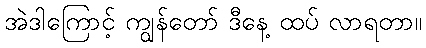
အဲဒါကြောင့် ကျွန်တော် ဒီနေ့ ထပ် လာရတာ။